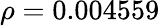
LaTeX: \rho=0.004559